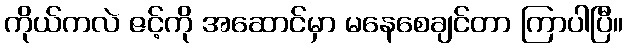
ကိုယ်ကလဲ ဇင့်ကို အဆောင်မှာ မနေစေချင်တာ ကြာပါပြီ။